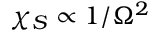
\chi _ { S } \propto 1 / \Omega ^ { 2 }